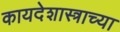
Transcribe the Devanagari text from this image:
कायदेशास्त्राच्या